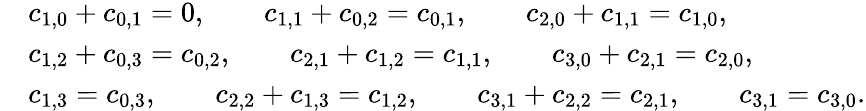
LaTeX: \begin{array}{rl}&{c_{1,0}+c_{0,1}=0,\qquad c_{1,1}+c_{0,2}=c_{0,1},\qquad c_{2,0}+c_{1,1}=c_{1,0},}\\ &{c_{1,2}+c_{0,3}=c_{0,2},\qquad c_{2,1}+c_{1,2}=c_{1,1},\qquad c_{3,0}+c_{2,1}=c_{2,0},}\\ &{c_{1,3}=c_{0,3},\qquad c_{2,2}+c_{1,3}=c_{1,2},\qquad c_{3,1}+c_{2,2}=c_{2,1},\qquad c_{3,1}=c_{3,0}.}\end{array}